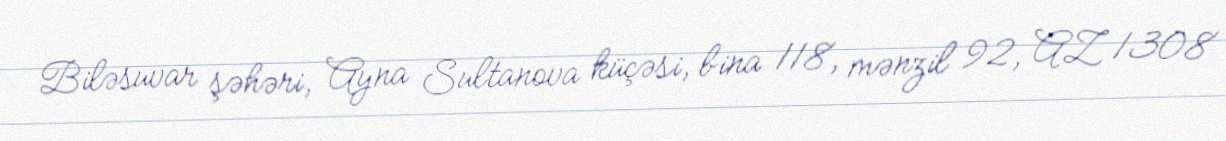
Biləsuvar şəhəri, Ayna Sultanova küçəsi, bina 118, mənzil 92, AZ 1308